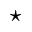
\star